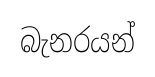
බැනරයන්